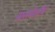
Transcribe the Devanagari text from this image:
मासपेशींचे